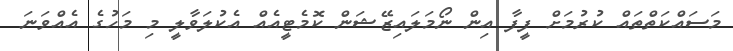
މަސައްކަތްތައް ކުރުމަށް ފީފާ އިން ނޯމަލައިޒޭޝަން ކޮމެޓީއެއް އެކުލަވާލީ މި މަހުގެ އެއްވަނަ